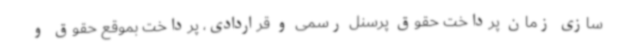
سازی زمان پرداخت حقوق پرسنل رسمی و قراردادی، پرداخت بموقع حقوق و